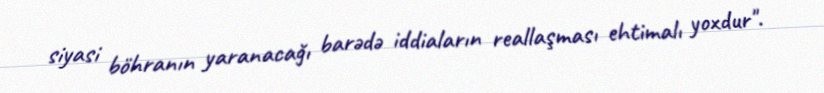
siyasi böhranın yaranacağı barədə iddiaların reallaşması ehtimalı yoxdur".